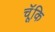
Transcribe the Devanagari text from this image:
चॅूकि